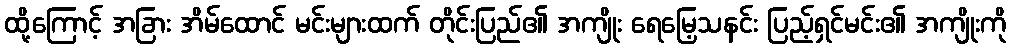
ထို့ကြောင့် အခြား အိမ်ထောင် မင်းများထက် တိုင်းပြည်၏ အကျိုး ရေမြေ့သနင်း ပြည့်ရှင်မင်း၏ အကျိုးကို